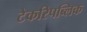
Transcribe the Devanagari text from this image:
टेकरिपब्लिक